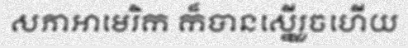
សភាអាមេរិក ក៏បានស្នើរួចហើយ